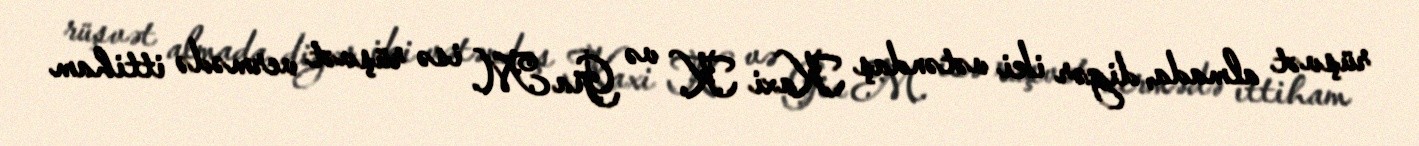
rüşvət almada, digər iki vətəndaş Kaxi K. və Gia M. isə rüşvət vermədə ittiham